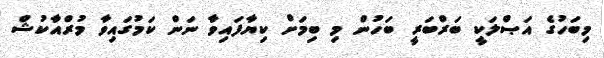
މިބަހުގެ އަޞްލަކީ ބަރްބަރީ ބަހުން މި ބިމަށް ކިޔާފައިވާ ނަން ކަމުގައިވާ މުރްއާކުޝް